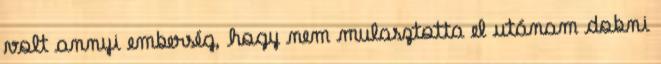
volt annyi emberség, hogy nem mulasztotta el utánam dobni